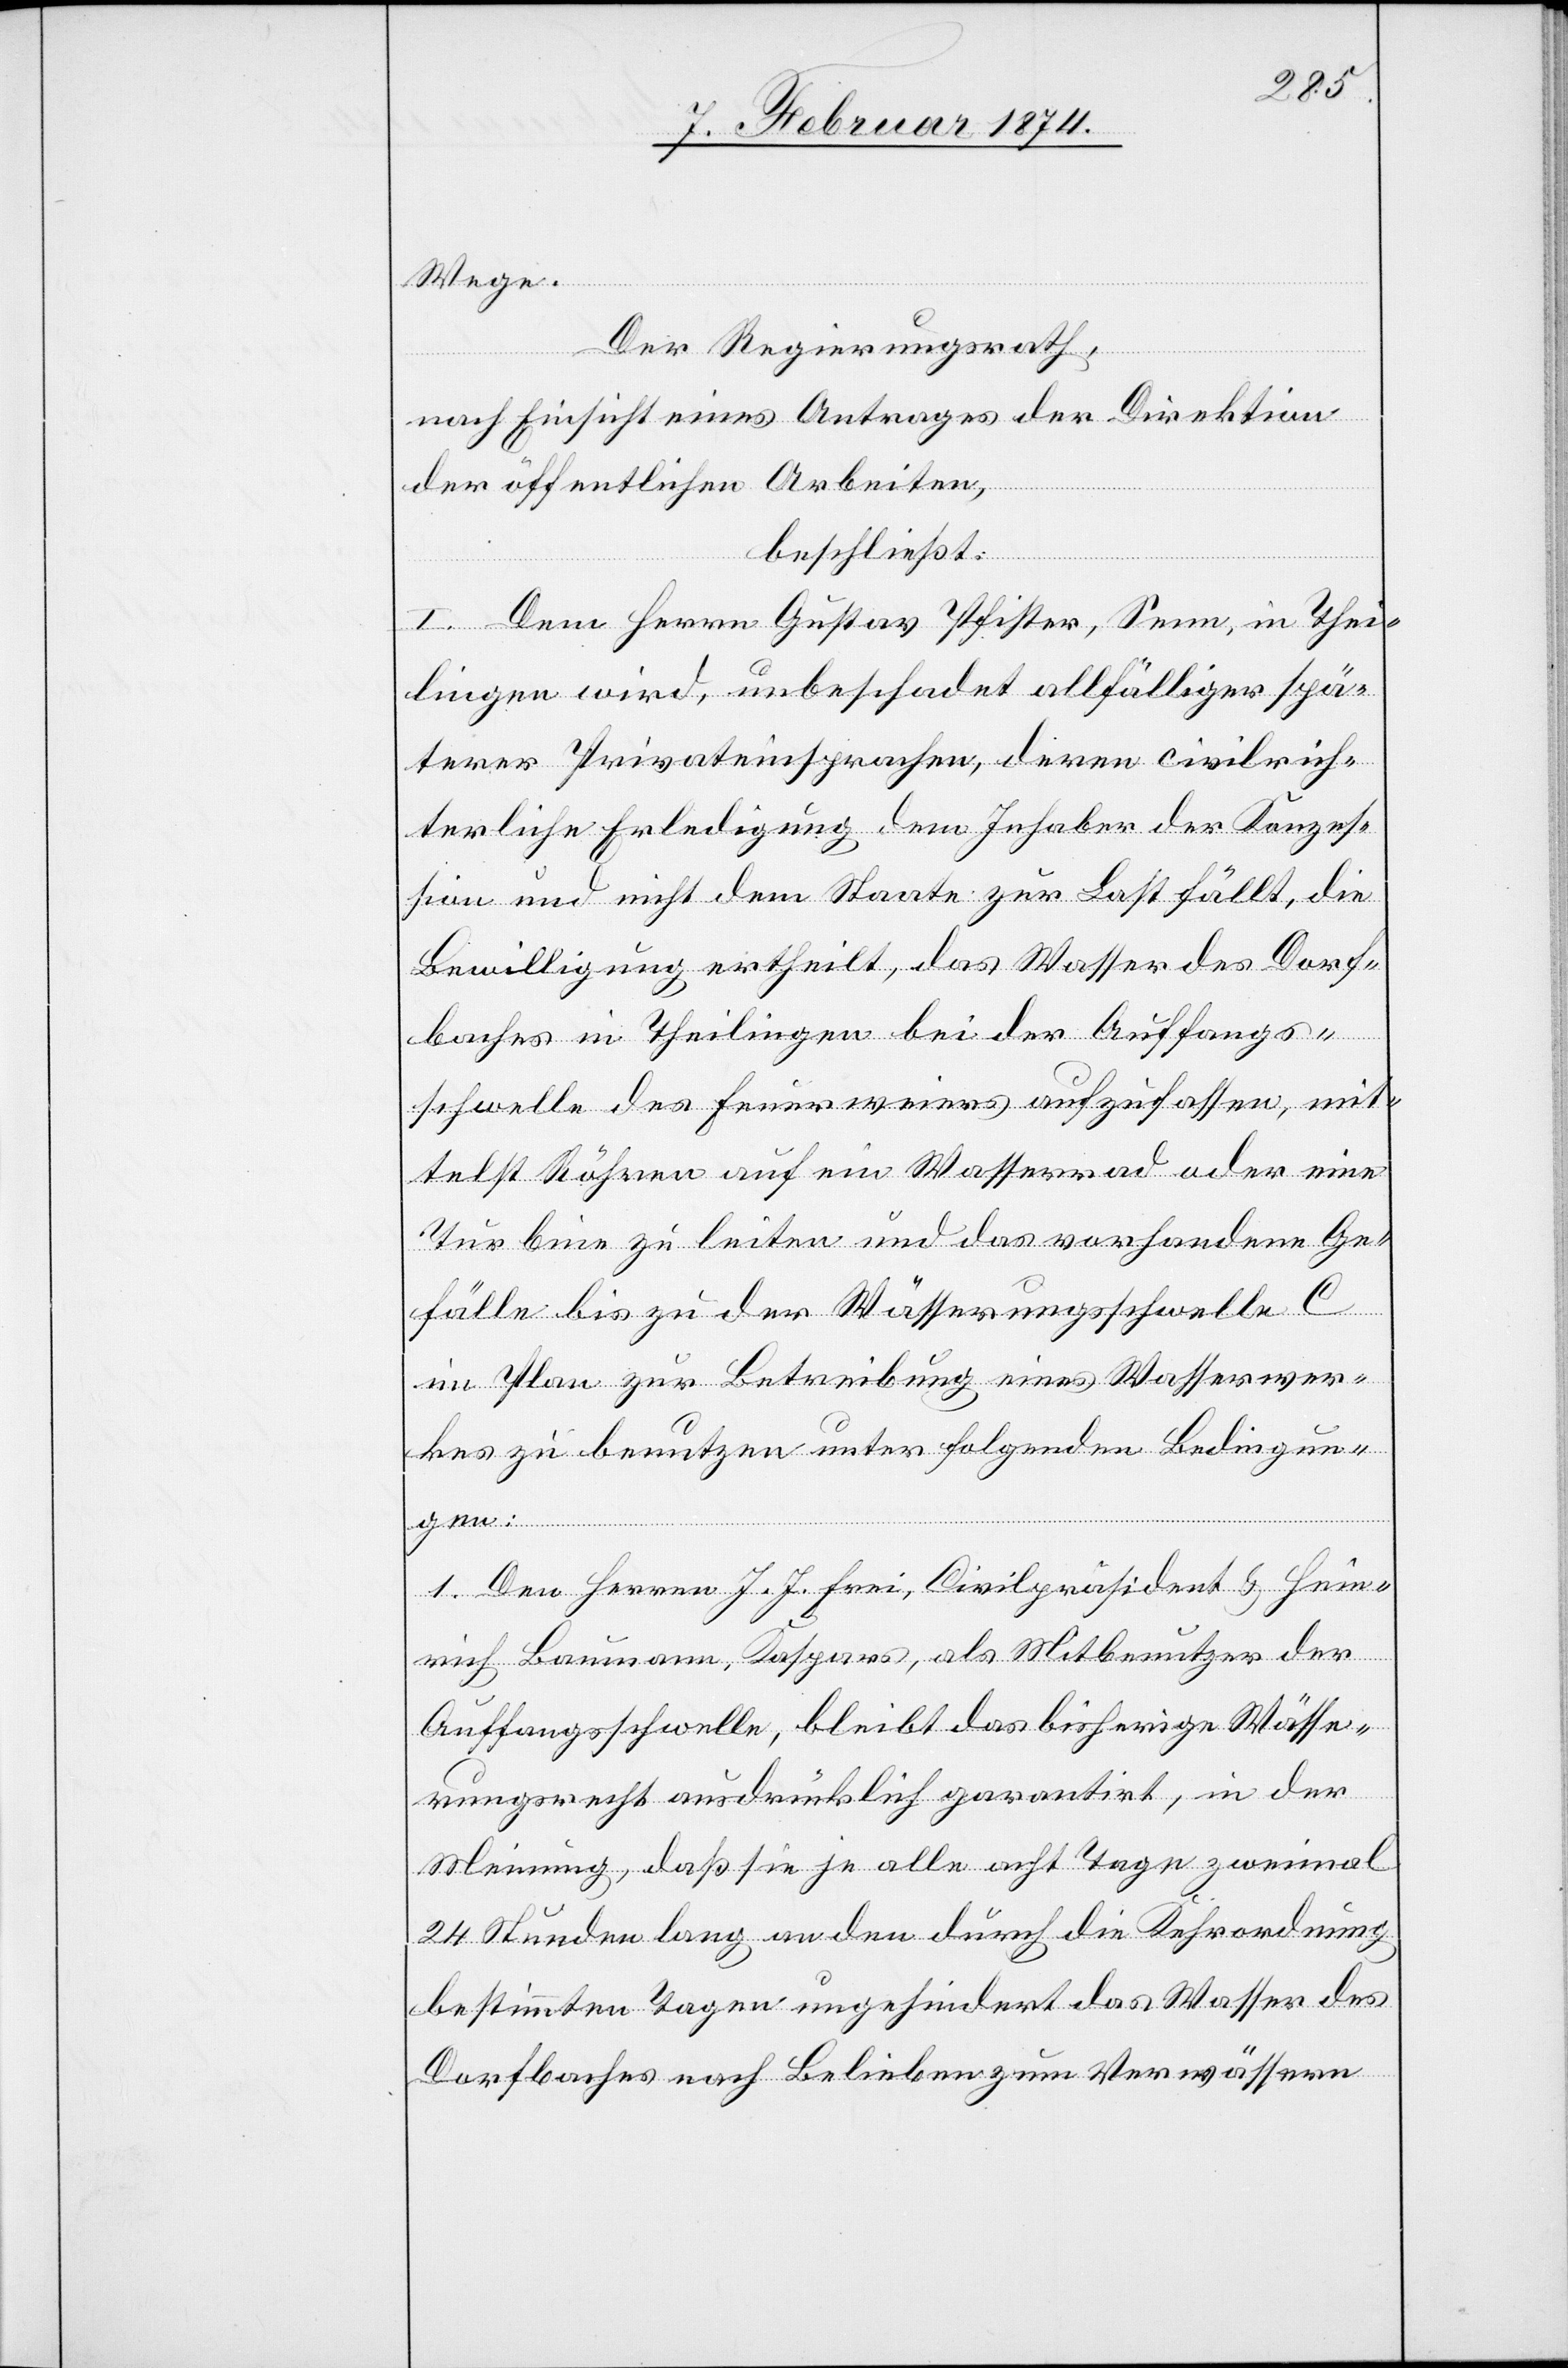
Wege.
Der Regierungsrath,
nach Einsicht eines Antrages der Direktion
der öffentlichen Arbeiten,
beschließt:
I. Dem Herrn Gustav Pfister, Senn, in Thei¬
lingen wird, unbeschadet allfälliger spä¬
terer Privateinsprachen, deren civilrich¬
terliche Erledigung dem Inhaber der Konzes¬
sion und nicht dem Staate zur Last fällt, die
Bewilligung ertheilt, das Wasser des Dorf¬
baches in Theilingen bei der Auffangs¬
schwelle des Feuerweiers aufzufassen, mit¬
telst Röhren auf ein Wasserrad oder eine
Turbine zu leiten und das vorhandene Ge¬
fälle bis zu der Wässerungsschwelle C
im Plan zur Betreibung eines Wasserwer¬
kes zu benutzen unter folgenden Bedingun¬
gen:
1. Den Herren J. J. Frei, Civilpräsident u. Hein¬
rich Baumann, Kaspars, als Mitbenutzer der
Auffangsschwelle, bleibt das bisherige Wässe¬
rungsrecht ausdrücklich garantirt, in der
Meinung, daß sie je alle acht Tage zweimal
24 Stunden lang an den durch die Kehrordnung
bestimmten Tagen ungehindert das Wasser des
Dorfbaches nach Belieben zum Verwässern